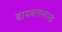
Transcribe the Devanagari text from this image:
बायबलसारखं